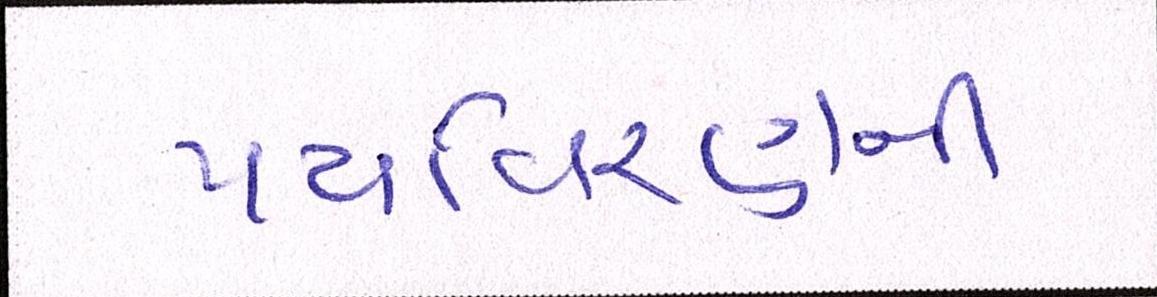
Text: પર્યાવરણની